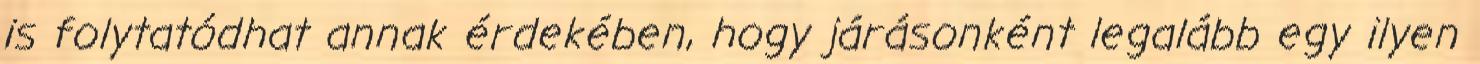
is folytatódhat annak érdekében, hogy járásonként legalább egy ilyen